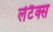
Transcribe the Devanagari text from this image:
लेटैक्स